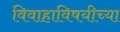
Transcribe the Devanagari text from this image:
विवाहाविषयीच्या